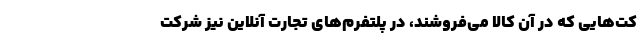
کت‌هایی که در آن کالا می‌فروشند، در پلتفرم‌های تجارت آنلاین نیز شرکت